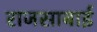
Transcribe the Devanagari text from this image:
राजसाबाई